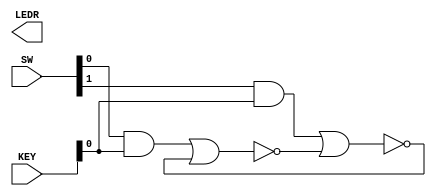
// A gated RS latch
module Part1 (KEY, SW, LEDR);
input [9:0] SW;
input [1:0] KEY;
output [9:0] LEDR;
//input Clk, R, S;
//output Q;
wire R, S, Clk;
wire R_g, S_g, Qa, Qb /* synthesis keep */ ;
assign R = SW[0];
assign S = SW[1];
assign Clk = KEY[0];
and (R_g, R, Clk);
and (S_g, S, Clk);
nor (Qa, R_g, Qb);
nor (Qb, S_g, Qa);
assign Q = Qa;
assign LEDR[9] = Q;
endmodule